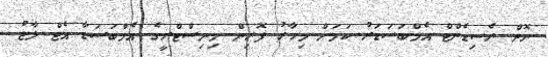
ނޮން ރެސިޑެންޓް އެމްބަސަޑަރު ކަމަށް މިހާރު ފޮރިން މިނިސްޓްރީގެ އެމްބަސަޑާ އެޓް ލާޖު